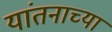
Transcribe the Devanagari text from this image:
यांतनाच्या